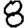
Digit: 8